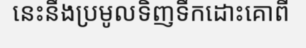
នេះនឹងប្រមូលទិញទឹកដោះគោពី